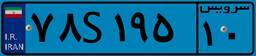
۵۳S۱۵۸۱۶